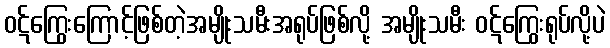
ဝဋ်ကြွေးကြောင့်ဖြစ်တဲ့အမျိုးသမီးအရုပ်ဖြစ်လို့ အမျိုးသမီး ဝဋ်ကြွေးရုပ်လို့ပဲ